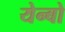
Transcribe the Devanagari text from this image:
येन्बो